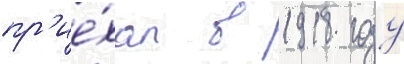
пр'ие́хал в 1918 году